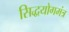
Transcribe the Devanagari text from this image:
सिद्धयोगमंत्र